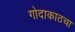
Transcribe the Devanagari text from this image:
गोदाकाठचा